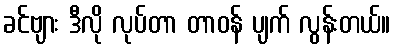
ခင်ဗျား ဒီလို လုပ်တာ တာဝန် ပျက် လွန်းတယ်။